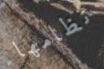
نظامها